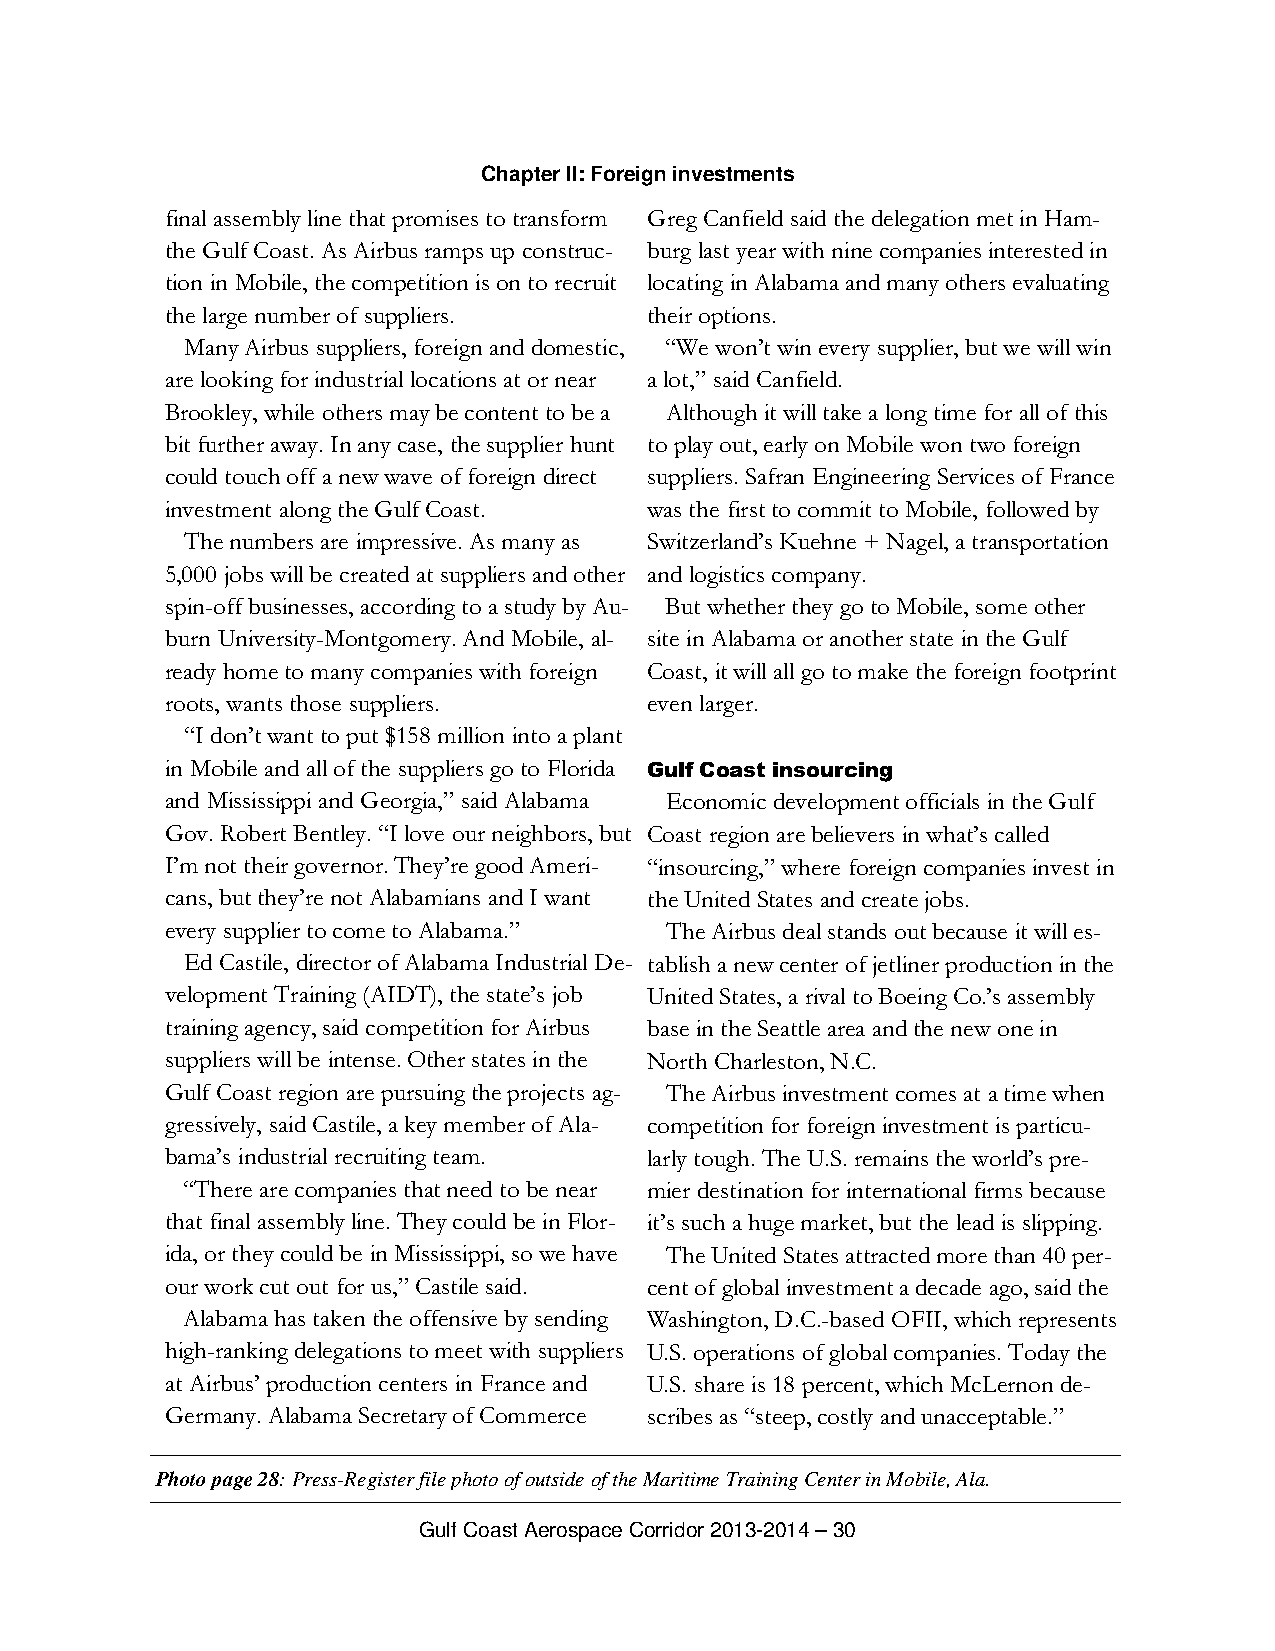
Chapter II: Foreign investments
 final assembly line that promises to transform Greg Canfield said the delegation met in Ham-
 the Gulf Coast. As Airbus ramps up construc- burg last year with nine companies interested in
 tion in Mobile, the competition is on to recruit locating in Alabama and many others evaluating
 the large number of suppliers.  their options.
 Many Airbus suppliers, foreign and domestic, “We won’t win every supplier, but we will win
 are looking for industrial locations at or near a lot,” said Canfield.
 Brookley, while others may be content to be a Although it will take a long time for all of this
 bit further away. In any case, the supplier hunt to play out, early on Mobile won two foreign
 could touch off a new wave of foreign direct suppliers. Safran Engineering Services of France
 investment along the Gulf Coast. was the first to commit to Mobile, followed by
 The numbers are impressive. As many as Switzerland’s Kuehne + Nagel, a transportation
 5,000 jobs will be created at suppliers and other and logistics company.
 spin-off businesses, according to a study by Au- But whether they go to Mobile, some other
 burn University-Montgomery. And Mobile, al- site in Alabama or another state in the Gulf
 ready home to many companies with foreign Coast, it will all go to make the foreign footprint
 roots, wants those suppliers.   even larger.
 “I don’t want to put $158 million into a plant
 in Mobile and all of the suppliers go to Florida Gulf Coast insourcing
 and Mississippi and Georgia,” said Alabama Economic development officials in the Gulf
 Gov. Robert Bentley. “I love our neighbors, but Coast region are believers in what’s called
 I’m not their governor. They’re good Ameri- “insourcing,” where foreign companies invest in
 cans, but they’re not Alabamians and I want the United States and create jobs.
 every supplier to come to Alabama.” The Airbus deal stands out because it will es-
 Ed Castile, director of Alabama Industrial De- tablish a new center of jetliner production in the
 velopment Training (AIDT), the state’s job United States, a rival to Boeing Co.’s assembly
 training agency, said competition for Airbus base in the Seattle area and the new one in
 suppliers will be intense. Other states in the North Charleston, N.C.
 Gulf Coast region are pursuing the projects ag- The Airbus investment comes at a time when
 gressively, said Castile, a key member of Ala- competition for foreign investment is particu-
 bama’s industrial recruiting team. larly tough. The U.S. remains the world’s pre-
 “There are companies that need to be near mier destination for international firms because
 that final assembly line. They could be in Flor- it’s such a huge market, but the lead is slipping.
 ida, or they could be in Mississippi, so we have The United States attracted more than 40 per-
 our work cut out for us,” Castile said. cent of global investment a decade ago, said the
 Alabama has taken the offensive by sending Washington, D.C.-based OFII, which represents
 high-ranking delegations to meet with suppliers U.S. operations of global companies. Today the
 at Airbus’ production centers in France and U.S. share is 18 percent, which McLernon de-
 Germany. Alabama Secretary of Commerce scribes as “steep, costly and unacceptable.”
 Photo page 28: Press-Register file photo of outside of the Maritime Training Center in Mobile, Ala.
 Gulf Coast Aerospace Corridor 2013-2014 – 30